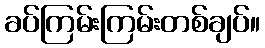
ခပ်ကြမ်းကြမ်းတစ်ချပ်။